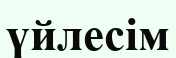
үйлесім